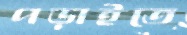
পড়াইতে